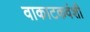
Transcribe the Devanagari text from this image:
वाकाटकवंशी